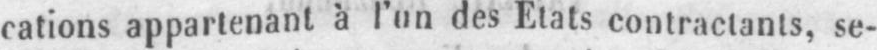
cations appartenant à l’un des Etats contractants, se-